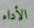
الأداء